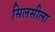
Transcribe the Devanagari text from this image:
सिलसीला